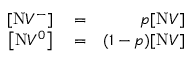
\begin{array} { r l r } { [ \mathrm { N } V ^ { - } ] } & { { } = } & { p [ \mathrm { N } V ] } \\ { \left[ \mathrm { N } V ^ { 0 } \right] } & { { } = } & { ( 1 - p ) [ \mathrm { N } V ] } \end{array}